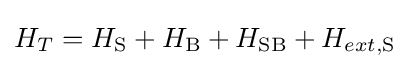
H_{T}=H_{\rm {S}}+H_{\rm {B}}+H_{\rm {SB}}+H_{ext,{\rm {S}}}